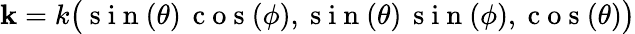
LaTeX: \mathbf{k}=k\big(\mathrm{~s~i~n~}(\theta)\, \mathrm{~c~o~s~}(\phi),\mathrm{~s~i~n~}(\theta)\, \mathrm{~s~i~n~}(\phi),\mathrm{~c~o~s~}(\theta)\big)